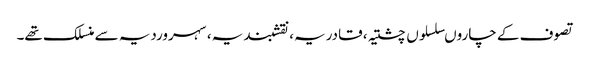
تصوف کے چاروںسلسلوں چشتیہ، قادریہ، نقشبندیہ، سہروردیہ سے منسلک تھے۔